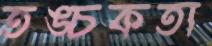
তঙ্চকতা